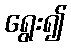
ရွေး၍